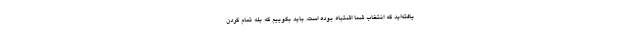
یافته‌اید که انتخاب شما اشتباه بوده است، باید بگوییم که بله تمام کردن